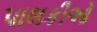
પાલકીઓ